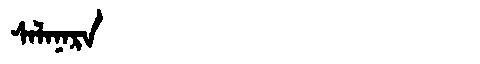
Manchu: ᠰᠠᠯᠠᠨᠠᡵᠠ
Romanization: SALANARA